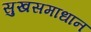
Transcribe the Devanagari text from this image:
सुखसमाधान